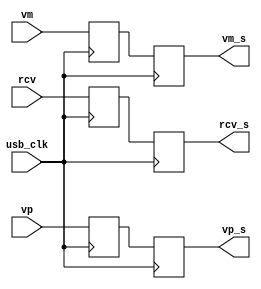
module softusb_filter(
	input usb_clk,
	input rcv,
	input vp,
	input vm,
	output reg rcv_s,
	output reg vp_s,
	output reg vm_s
);
reg rcv_s0;
reg vp_s0;
reg vm_s0;
reg rcv_s1;
reg vp_s1;
reg vm_s1;
always @(posedge usb_clk) begin
	rcv_s0 <= rcv;
	vp_s0 <= vp;
	vm_s0 <= vm;
	rcv_s <= rcv_s0;
	vp_s <= vp_s0;
	vm_s <= vm_s0;
end
endmodule